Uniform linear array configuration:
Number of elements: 32
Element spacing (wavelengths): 0.25
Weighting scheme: binomial
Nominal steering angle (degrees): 30
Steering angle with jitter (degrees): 31.513
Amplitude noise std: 0.05
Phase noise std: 0.05

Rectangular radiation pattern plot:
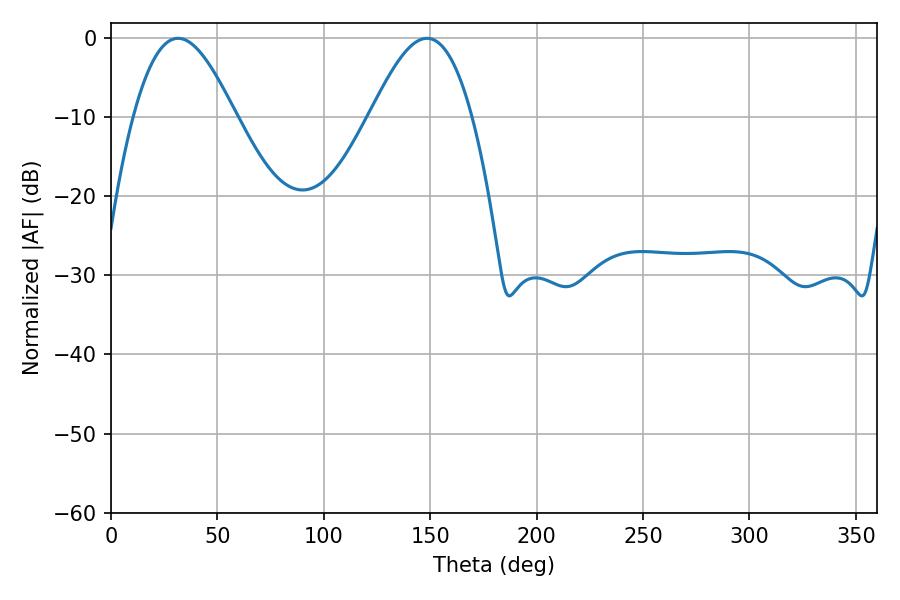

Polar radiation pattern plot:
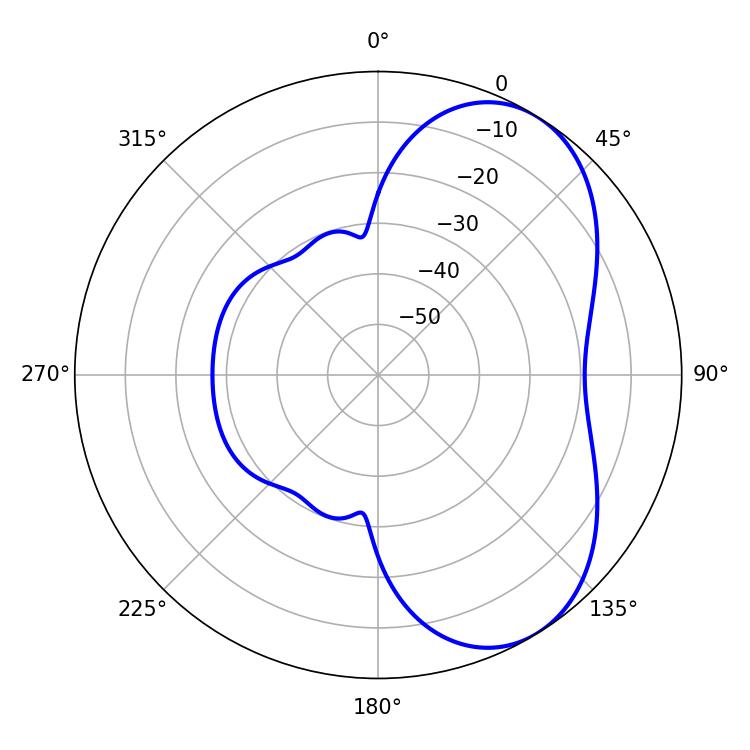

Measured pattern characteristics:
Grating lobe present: FALSE
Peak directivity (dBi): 5.667
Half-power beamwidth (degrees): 25.74
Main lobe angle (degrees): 31.5